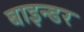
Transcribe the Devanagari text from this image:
बाइन्डर